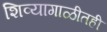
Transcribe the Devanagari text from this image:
शिव्यागाळीतही